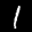
Label: 1